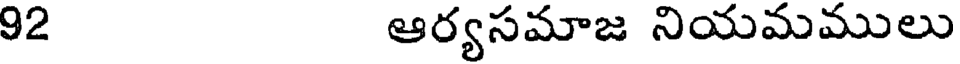
92 ఆర్యసమాజ నియమములు